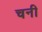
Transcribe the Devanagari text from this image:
चनी